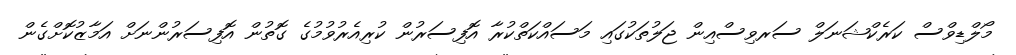
މޯލްޑިވްސް ކަރެކްޝަނަލް ސަރވިސްއިން ޖަލުތަކުގައި މަސައްކަތްކުރާ އޮފިސަރުން ކުރިއެރުވުމުގެ ގޮތުން އޮފިސަރުންނަށް އަމާޒުކޮށްގެން